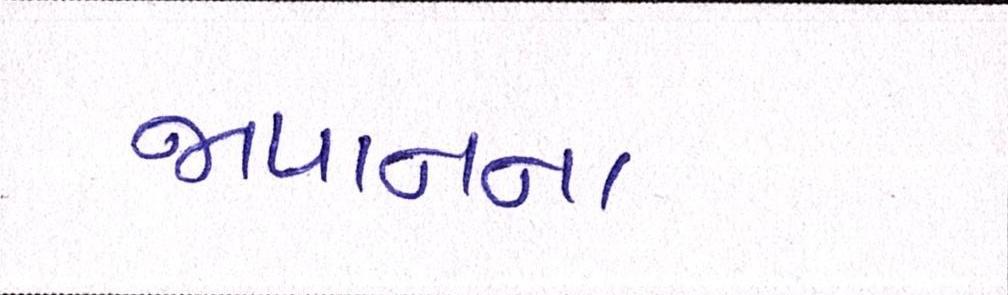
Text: જાપાનના